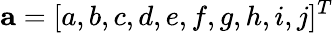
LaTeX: \mathbf{a}=[a,b,c,d,e,f,g,h,i,j]^{T}